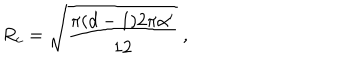
R _ { c } = \sqrt { { \frac { \pi ( d - 1 ) 2 \pi \alpha ^ { \prime } } { 1 2 } } } \ ,